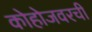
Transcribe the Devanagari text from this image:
कोहोजवरची